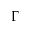
\Gamma